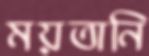
ময়তানি